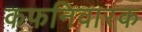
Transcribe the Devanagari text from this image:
कफनिवारक